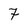
Character: 7